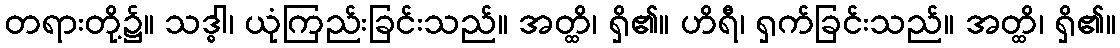
တရားတို့၌။ သဒ္ဓါ၊ ယုံကြည်းခြင်းသည်။ အတ္ထိ၊ ရှိ၏။ ဟိရီ၊ ရှက်ခြင်းသည်။ အတ္ထိ၊ ရှိ၏။